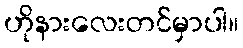
ဟိုနားလေးတင်မှာပါ။